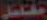
تفال